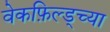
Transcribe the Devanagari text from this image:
वेकफ़िल्ड्च्या